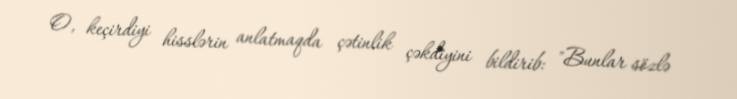
O, keçirdiyi hisslərin anlatmaqda çətinlik çəkdiyini bildirib: "Bunlar sözlə